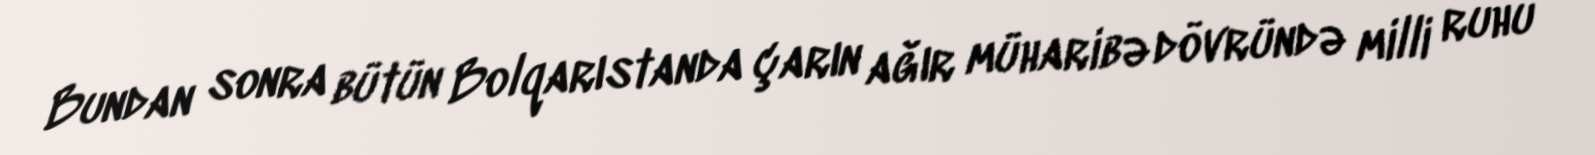
Bundan sonra bütün Bolqarıstanda çarın ağır müharibə dövründə milli ruhu